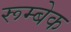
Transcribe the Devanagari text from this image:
रूम्बेक